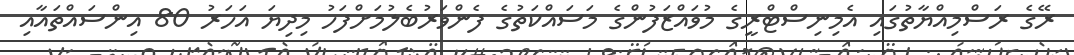
ރޭގެ ރަސްމިއްޔާތުގައި އެމިނިސްޓްރީގެ މުވައްޒަފުންގެ މަސައްކަތުގެ ފެންވަރުބެލުމަށްފަހު މިދިޔަ އަހަރު 80 އިންސައްތައާއި